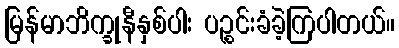
မြန်မာဘိက္ခုနီနှစ်ပါး ပဉ္စင်းခံခဲ့ကြပါတယ်။